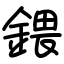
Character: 鍡